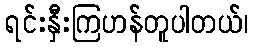
ရင်းနှီးကြဟန်တူပါတယ်၊